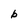
Character: b